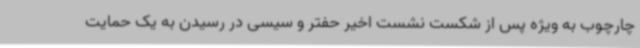
چارچوب به ویژه پس از شکست نشست اخیر حفتر و سیسی در رسیدن به یک حمایت